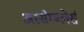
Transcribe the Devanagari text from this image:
अस्सेम्ब्लेर्स